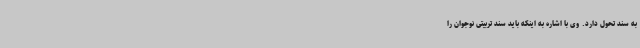
به سند تحول دارد. وی با اشاره به اینکه باید سند تربیتی نوجوان را